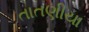
તાતણીયા